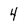
Character: 4